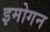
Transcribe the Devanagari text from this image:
इमोगन